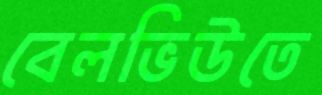
বেলভিউতে